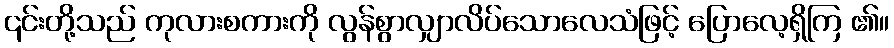
၎င်းတို့သည် ကုလားစကားကို လွန်စွာလျှာလိပ်သောလေသံဖြင့် ပြောလေ့ရှိကြ ၏။